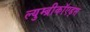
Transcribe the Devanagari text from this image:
ल्युम्ब्रीकॉएड्स